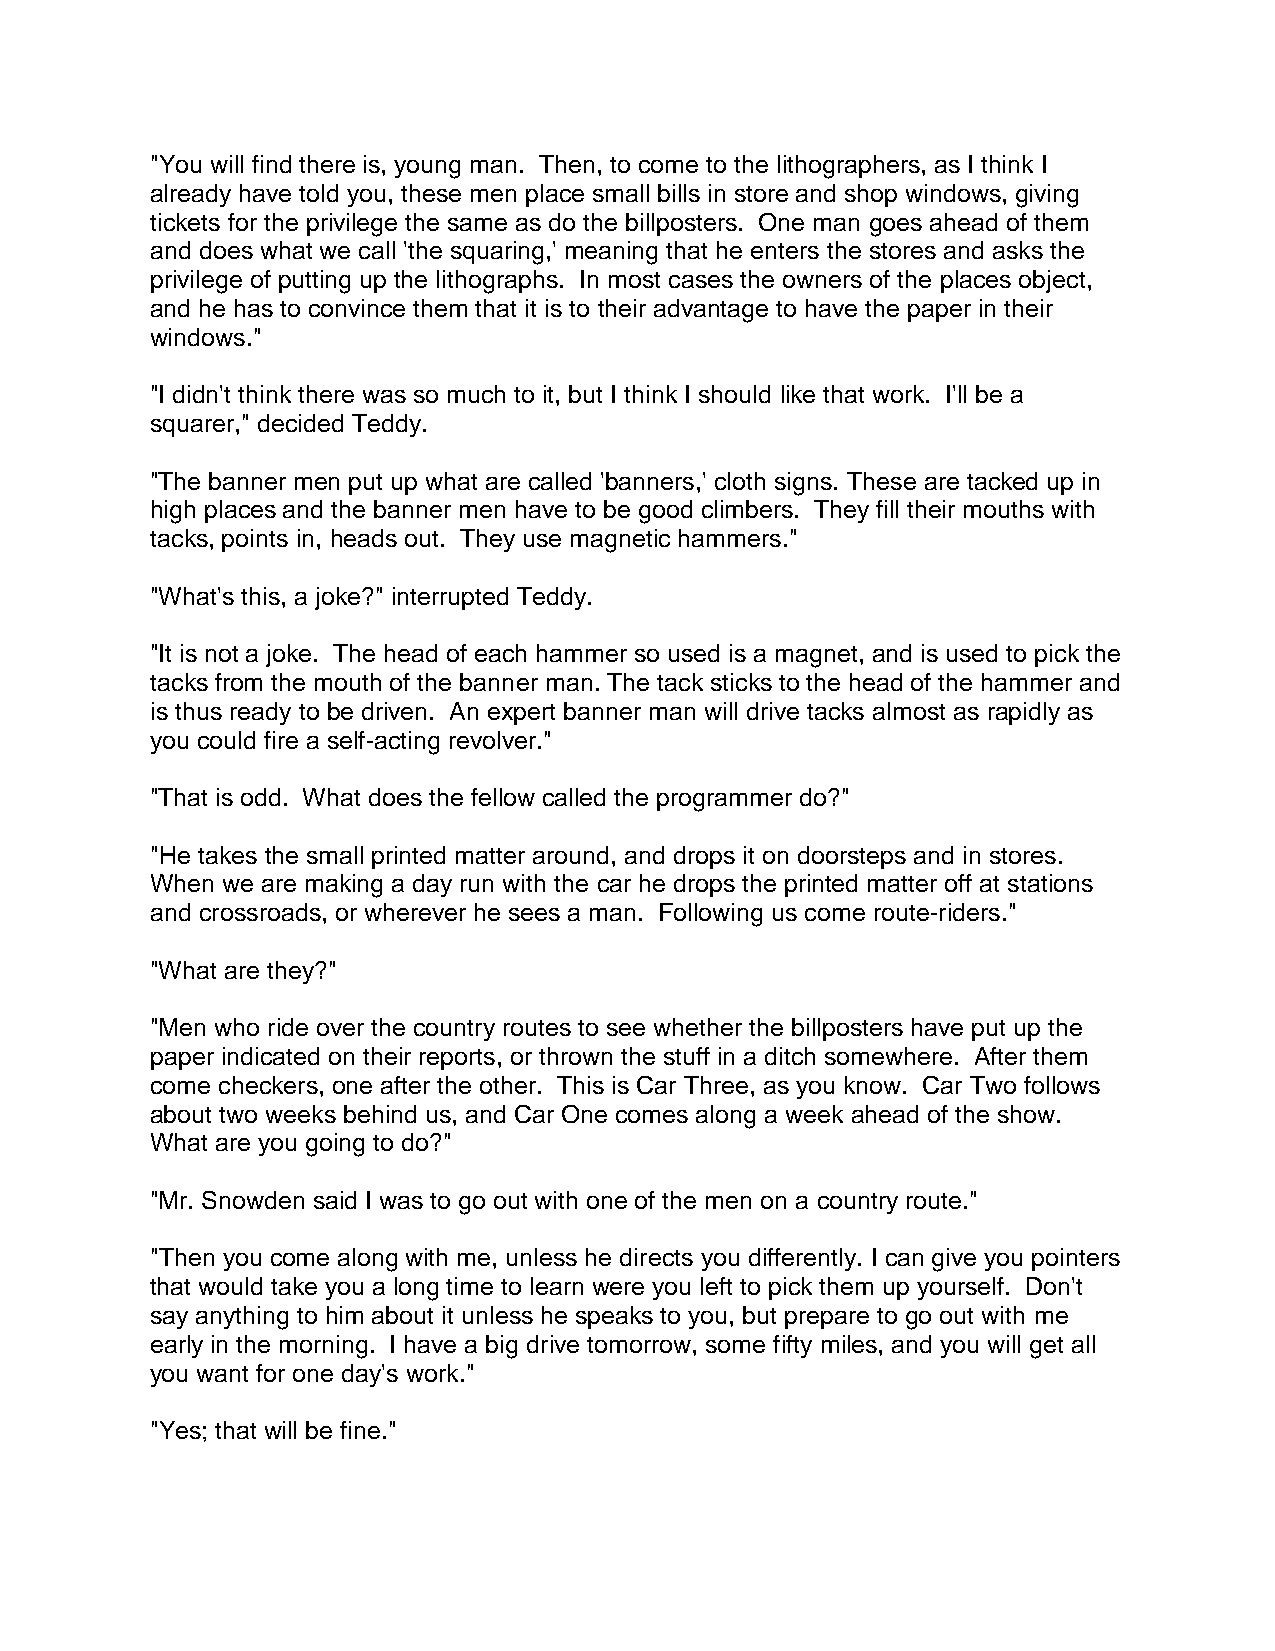
"You will find there is, young man. Then, to come to the lithographers, as I think I
 already have told you, these men place small bills in store and shop windows, giving
 tickets for the privilege the same as do the billposters. One man goes ahead of them
 and does what we call 'the squaring,' meaning that he enters the stores and asks the
 privilege of putting up the lithographs. In most cases the owners of the places object,
 and he has to convince them that it is to their advantage to have the paper in their
 windows."
 "I didn't think there was so much to it, but I think I should like that work. I'll be a
 squarer," decided Teddy.
 "The banner men put up what are called 'banners,' cloth signs. These are tacked up in
 high places and the banner men have to be good climbers. They fill their mouths with
 tacks, points in, heads out. They use magnetic hammers."
 "What's this, a joke?" interrupted Teddy.
 "It is not a joke. The head of each hammer so used is a magnet, and is used to pick the
 tacks from the mouth of the banner man. The tack sticks to the head of the hammer and
 is thus ready to be driven. An expert banner man will drive tacks almost as rapidly as
 you could fire a self-acting revolver."
 "That is odd. What does the fellow called the programmer do?"
 "He takes the small printed matter around, and drops it on doorsteps and in stores.
 When we are making a day run with the car he drops the printed matter off at stations
 and crossroads, or wherever he sees a man. Following us come route-riders."
 "What are they?"
 "Men who ride over the country routes to see whether the billposters have put up the
 paper indicated on their reports, or thrown the stuff in a ditch somewhere. After them
 come checkers, one after the other. This is Car Three, as you know. Car Two follows
 about two weeks behind us, and Car One comes along a week ahead of the show.
 What are you going to do?"
 "Mr. Snowden said I was to go out with one of the men on a country route."
 "Then you come along with me, unless he directs you differently. I can give you pointers
 that would take you a long time to learn were you left to pick them up yourself. Don't
 say anything to him about it unless he speaks to you, but prepare to go out with me
 early in the morning. I have a big drive tomorrow, some fifty miles, and you will get all
 you want for one day's work."
 "Yes; that will be fine."